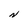
Character: N